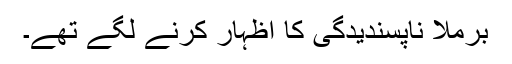
برملا ناپسندیدگی کا اظہار کرنے لگے تھے۔